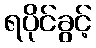
ရပိုင်ခွင့်